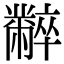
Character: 𪓌